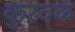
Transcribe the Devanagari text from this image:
कुरवळ